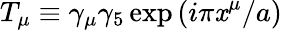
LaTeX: T_{\mu}\equiv\gamma_{\mu}\gamma_{5}\exp{(i\pi\mathit{x}^{\mu}/a)}